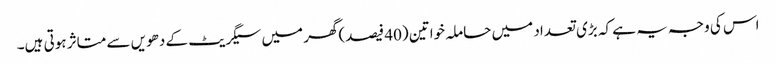
اس کی وجہ یہ ہے کہ بڑی تعداد میں حاملہ خواتین (40 فیصد)گھر میں سیگریٹ کے دھویں سے متاثر ہوتی ہیں۔